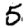
Digit: 5